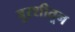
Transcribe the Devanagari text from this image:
बुरशीतून